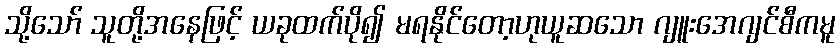
သို့သော် သူတို့အနေဖြင့် ယခုထက်ပို၍ မရနိုင်တော့ဟုယူဆသော ဂျူးအေဂျင်စီကမူ